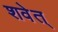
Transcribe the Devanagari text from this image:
शवेत्